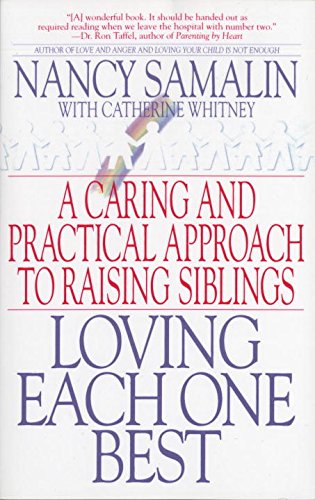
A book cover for Loving Each One Best: A Caring and Practical Approach to Raising Siblings; Nancy Samalin; Parenting & Relationships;